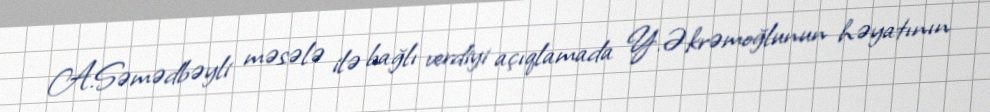
A.Səmədbəyli məsələ ilə bağlı verdiyi açıqlamada Y.Əkrəmoğlunun həyatının